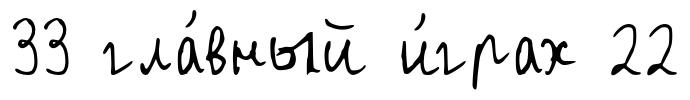
33 гла́вный и́грах 22